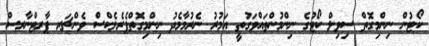
ކޯޓުން ނިންމިގޮތް ސިވިލް ކޯޓުގެ ނިންމުންތައްވަގުތީ އަމުރު ނެރުމާމެދު ނިންމިގޮތްޕެރެލެކްސް ވެންޗަރ ޕާރޓްނާރސް